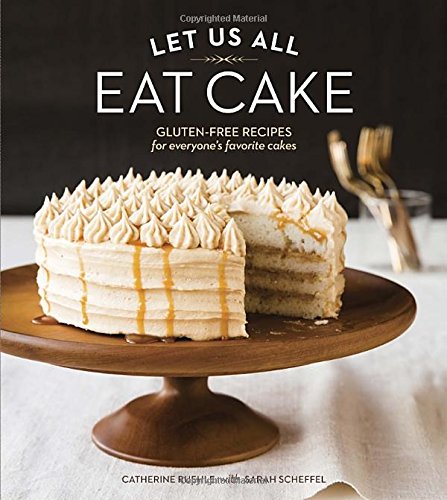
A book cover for Let Us All Eat Cake: Gluten-Free Recipes for Everyone's Favorite Cakes; Catherine Ruehle; Cookbooks, Food & Wine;